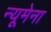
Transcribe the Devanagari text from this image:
न्यूमेना